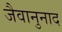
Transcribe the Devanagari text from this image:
जैवानुनाद